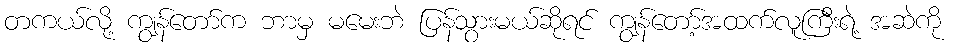
တကယ်လို့ ကျွန်တော်က ဘာမှ မမေးဘဲ ပြန်သွားမယ်ဆိုရင် ကျွန်တော့်အထက်လူကြီးရဲ့ အဆဲကို